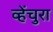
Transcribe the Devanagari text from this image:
व्हेंचुरा